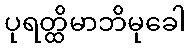
ပုရတ္ထိမာဘိမုခေါ